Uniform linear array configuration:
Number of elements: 32
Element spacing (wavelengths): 0.25
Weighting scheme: cosine
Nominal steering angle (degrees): -15
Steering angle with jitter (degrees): -13.87
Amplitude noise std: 0.05
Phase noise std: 0.05

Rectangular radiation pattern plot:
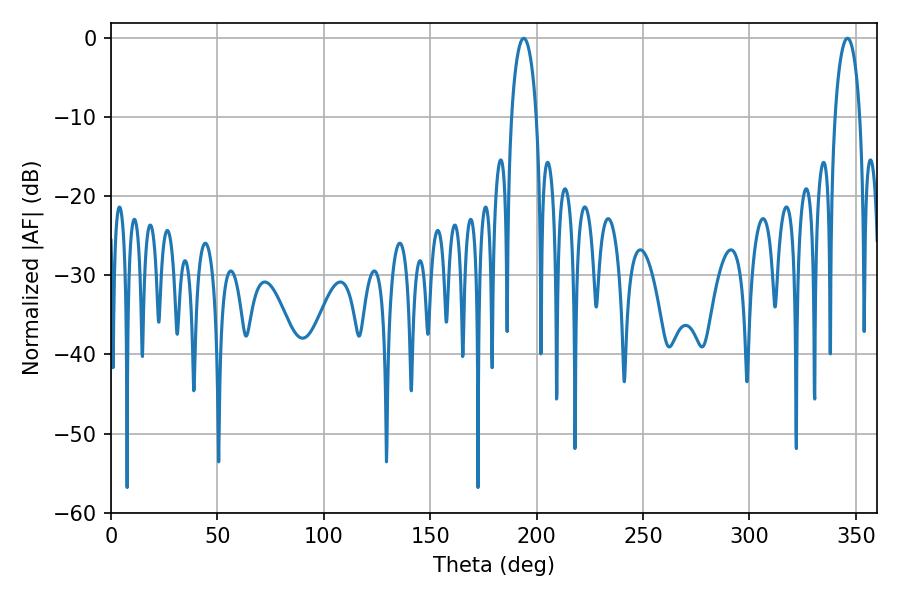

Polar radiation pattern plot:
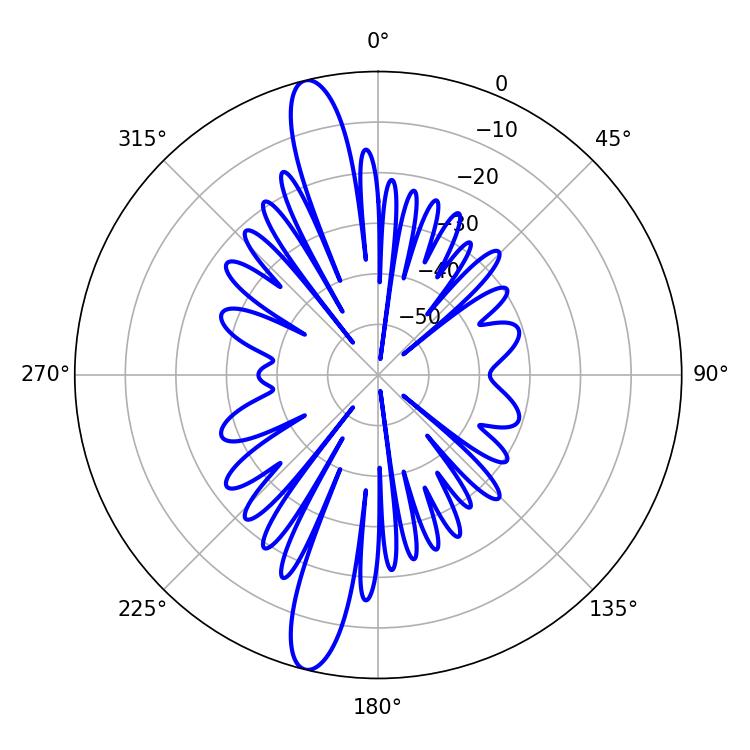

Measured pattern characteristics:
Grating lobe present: FALSE
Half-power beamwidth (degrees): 6.66
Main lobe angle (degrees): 346.14